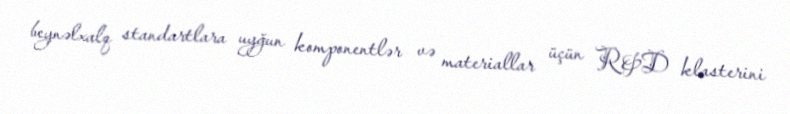
beynəlxalq standartlara uyğun komponentlər və materiallar üçün R&D klasterini